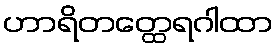
ဟာရိတတ္ထေရဂါထာ